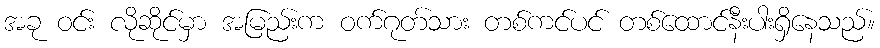
အခု ဝင်း လိုဆိုင်မှာ အမြည်းက ဝက်ဂုတ်သား တစ်ကင်ပင် တစ်ထောင်နီးပါးရှိနေသည်။